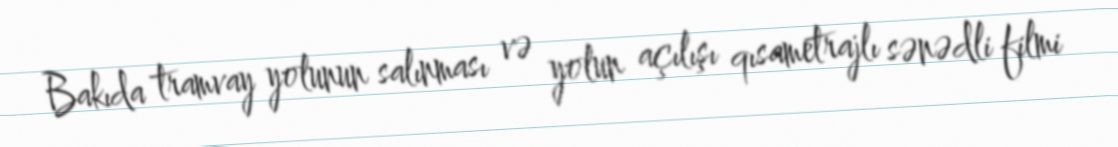
Bakıda tramvay yolunun salınması və yolun açılışı qısametrajlı sənədli filmi